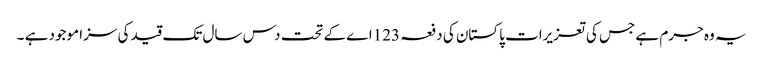
یہ وہ جرم ہے جس کی تعزیرات پاکستان کی دفعہ 123اے کے تحت دس سال تک قید کی سزا موجود ہے ۔